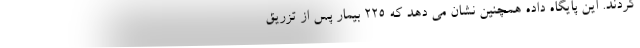
کردند. این پایگاه داده همچنین نشان می دهد که ۲۲۵ بیمار پس از تزریق